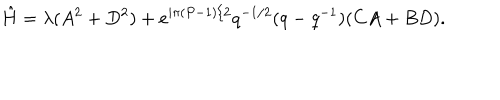
\hat { H } = \lambda ( A ^ { 2 } + D ^ { 2 } ) + e ^ { i \pi ( P - 1 ) / 2 } q ^ { - 1 / 2 } ( q - q ^ { - 1 } ) ( C A + B D ) .